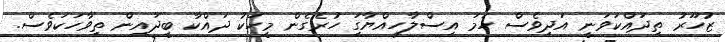
ޒުހޫރު ތިދައްކަވަނީ އަދިވެސް ހަމަ އިސްލާހިއްޔާގަި ހުރެގެން މީހަކު ދައްކާ ބީދައިން ތިވާހަކަވެސް.